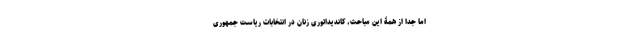
اما جدا از همۀ این مباحث، کاندیداتوری زنان در انتخابات ریاست جمهوری